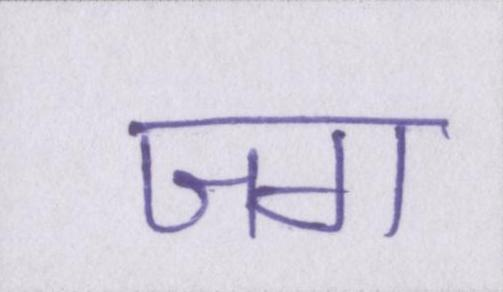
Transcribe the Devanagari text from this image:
जग